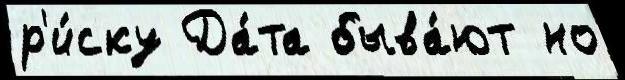
р'и́ску Да́та быва́ют но